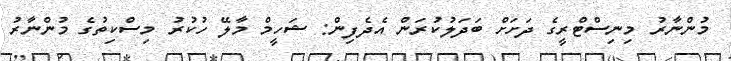
މުންނާރު މިނިސްޓްރީގެ ދަށަށް ބަދަލުކުރަން އެދެފިން: ޝަހީމް މާލޭ ހުކުރު މިސްކިތުގެ މުންނާރު